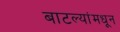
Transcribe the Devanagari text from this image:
बाटल्यांमधून